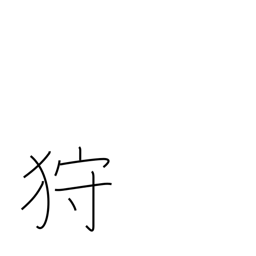
Meaning: hunt